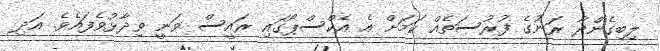
ލިބިގެންދާ ރަނުގެ ފުރުސަތެއް ކަމަށް އެ އެކްސްޕޯގައި ރައީސް ވަނީ ވިދާޅުވެފައެވެ. އަދި